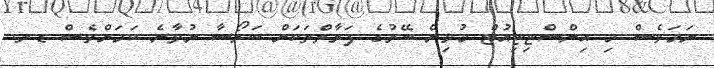
ނަމަވެސް މި އިންސްޓިޓިއުޓް މުޅިން ބޭރުގެ ފަރާތްތަކަށް ބަރޯސާ ނުވާނެ ކަމަށްވެސް ޑރ.